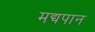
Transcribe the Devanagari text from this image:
मद्यपान